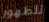
للظهور